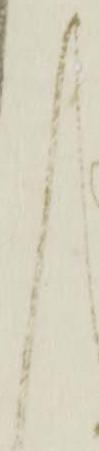
く